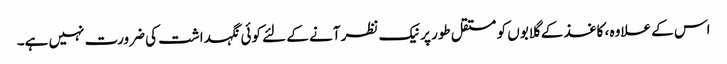
اس کے علاوہ ، کاغذ کے گلابوں کو مستقل طور پر نیک نظر آنے کے لئے کوئی نگہداشت کی ضرورت نہیں ہے۔